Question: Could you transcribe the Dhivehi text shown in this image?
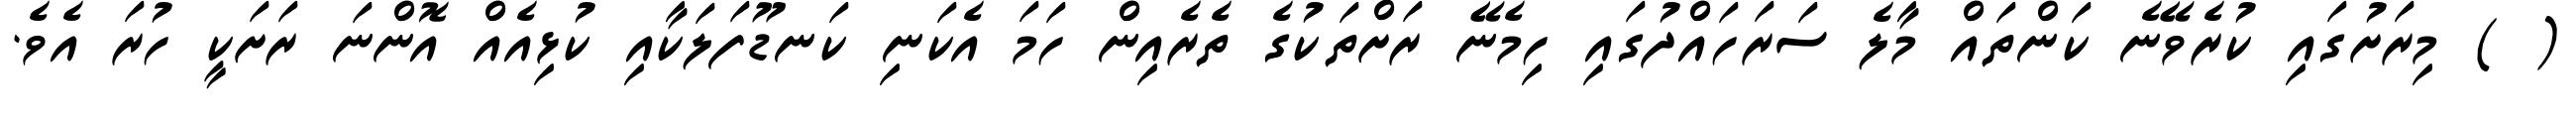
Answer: ( ) މިރަށުގައި ކުރެވޭނެ ކަންތައް މާލެ ސަރަހައްދުގައި ހިމެނޭ ރަށްތަކުގެ ތެރެއިން ހަމަ އެކަނި ކަނޑޫފަލަކާއި ކުޅިއެއް އޮންނަ ރަށަކީ ހުރަ އެވެ.